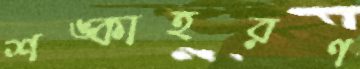
শঙ্কাহরণ